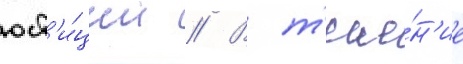
юст'и́ции // В т'ече́н'ие